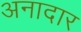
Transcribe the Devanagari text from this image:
अनादार